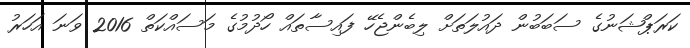
ކަރަޕްޝަނުގެ ސަބަބުން ދައުލަތަށް ލިބެންޖެހޭ ފައިސާތައް ހޯދުމުގެ މަސައްކަތް 2016 ވަނަ އަހަރު